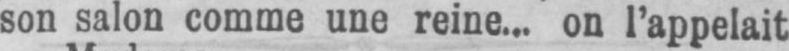
son salon comme une reine... on l’appelait